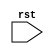
module rst_trigger(
  input rst
);

  reg [7:0] data;

  always @ (negedge rst)
    begin
      // Reset specific operations
      data <= 8'b00000000;
    end

endmodule